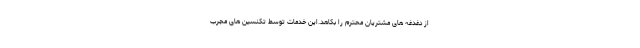
از دغدغه های مشتریان محترم را بکاهد.این خدمات توسط تکنسین های مجرب